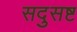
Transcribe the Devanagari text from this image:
सदुसष्ट